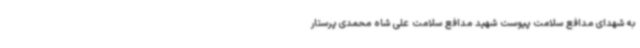
به شهدای مدافع سلامت پیوست شهید مدافع سلامت علی شاه محمدی پرستار